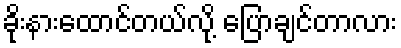
ခိုးနားထောင်တယ်လို့ ပြောချင်တာလား